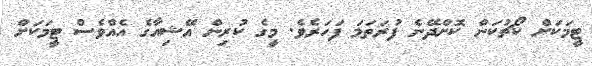
ޓީމަކަށް ކޯޗުކަން ކޮށްދޭނެ ފުރަތަމަ ފަހަރެވެ. މީގެ ކުރިން އޭޝިއާގެ އެއްވެސް ޓީމަކަށް